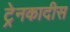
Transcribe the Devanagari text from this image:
ट्रेनकादीस